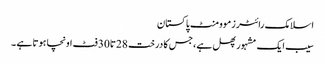
اسلامک رائٹرزموومنٹ پاکستان
سیب ایک مشہور پھل ہے ،جس کا درخت 28تا30فٹ اونچا ہوتا ہے ۔